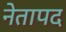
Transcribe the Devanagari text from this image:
नेतापद